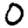
Digit: 0